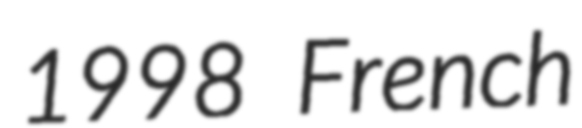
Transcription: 1998 French